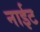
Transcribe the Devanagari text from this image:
नाईट